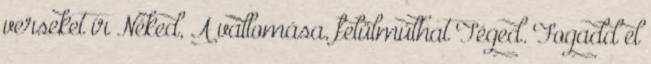
verseket ír Néked, A vallomása, felülmúlhat Téged. Fogadd el